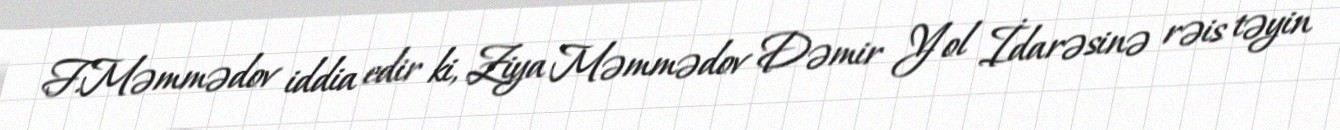
F.Məmmədov iddia edir ki, Ziya Məmmədov Dəmir Yol İdarəsinə rəis təyin